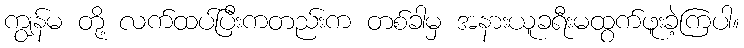
ကျွန်မ တို့ လက်ထပ်ပြီးကတည်းက တစ်ခါမှ အနားယူခရီးမထွက်ဖူးခဲ့ကြပါ။